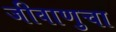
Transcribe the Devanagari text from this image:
जीवाणुचा